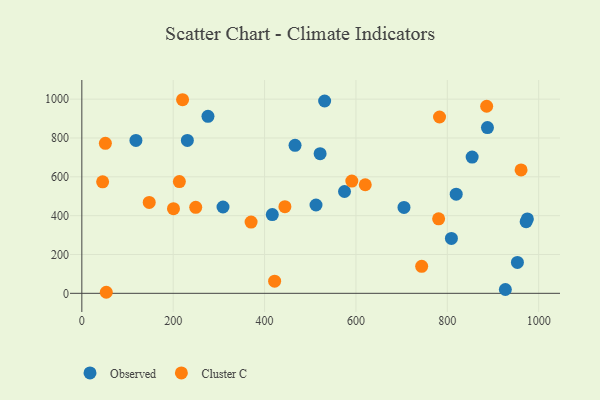
{"axis": {"x": "Ad Spend", "y": "Profit"}, "legend": ["Cluster C", "Observed"], "data": [{"x": "705.2", "y": 442.4, "type": "Observed"}, {"x": "512.6", "y": 454.9, "type": "Observed"}, {"x": "466.7", "y": 762.2, "type": "Observed"}, {"x": "531.5", "y": 990.6, "type": "Observed"}, {"x": "953.5", "y": 158.9, "type": "Observed"}, {"x": "309.0", "y": 444.6, "type": "Observed"}, {"x": "972.6", "y": 368.9, "type": "Observed"}, {"x": "231.0", "y": 787.4, "type": "Observed"}, {"x": "809.0", "y": 282.7, "type": "Observed"}, {"x": "118.4", "y": 787.3, "type": "Observed"}, {"x": "575.0", "y": 524.5, "type": "Observed"}, {"x": "887.9", "y": 853.6, "type": "Observed"}, {"x": "416.9", "y": 405.4, "type": "Observed"}, {"x": "854.4", "y": 701.7, "type": "Observed"}, {"x": "276.1", "y": 911.8, "type": "Observed"}, {"x": "927.1", "y": 19.6, "type": "Observed"}, {"x": "975.3", "y": 383.4, "type": "Observed"}, {"x": "819.5", "y": 510.5, "type": "Observed"}, {"x": "521.6", "y": 719.1, "type": "Observed"}, {"x": "51.5", "y": 772.4, "type": "Cluster C"}, {"x": "53.5", "y": 5.4, "type": "Cluster C"}, {"x": "249.3", "y": 442.7, "type": "Cluster C"}, {"x": "620.4", "y": 559.1, "type": "Cluster C"}, {"x": "961.5", "y": 635.7, "type": "Cluster C"}, {"x": "591.0", "y": 578.3, "type": "Cluster C"}, {"x": "783.0", "y": 908.1, "type": "Cluster C"}, {"x": "45.5", "y": 574.3, "type": "Cluster C"}, {"x": "422.0", "y": 62.4, "type": "Cluster C"}, {"x": "200.6", "y": 436.0, "type": "Cluster C"}, {"x": "213.5", "y": 575.3, "type": "Cluster C"}, {"x": "444.5", "y": 446.1, "type": "Cluster C"}, {"x": "370.5", "y": 367.2, "type": "Cluster C"}, {"x": "743.9", "y": 139.2, "type": "Cluster C"}, {"x": "781.0", "y": 383.5, "type": "Cluster C"}, {"x": "220.5", "y": 997.1, "type": "Cluster C"}, {"x": "147.5", "y": 468.3, "type": "Cluster C"}, {"x": "886.2", "y": 963.6, "type": "Cluster C"}]}